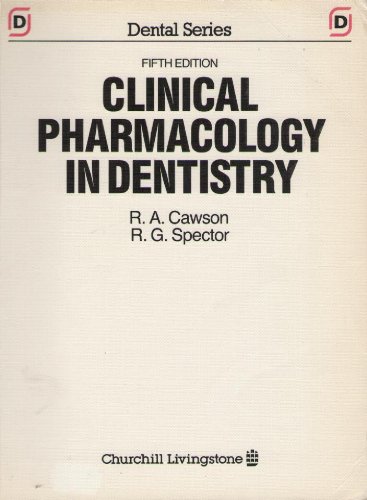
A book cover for Clinical Pharmacology in Dentistry (Dental); R. A. Cawson; Medical Books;